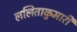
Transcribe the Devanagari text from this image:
ललिताकुमारी